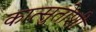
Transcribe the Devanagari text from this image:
कात्सुतोशी